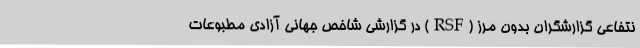
نتفاعی گزارشگران بدون مرز (RSF) در گزارشی شاخص جهانی آزادی مطبوعات